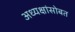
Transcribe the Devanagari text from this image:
अध्यक्षांसोबत